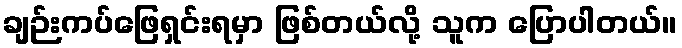
ချဉ်းကပ်ဖြေရှင်းရမှာ ဖြစ်တယ်လို့ သူက ပြောပါတယ်။